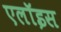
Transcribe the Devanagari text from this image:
एलॉइस